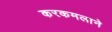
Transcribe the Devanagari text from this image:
करकमलाने